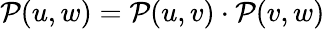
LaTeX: \mathcal{P}(u,w)=\mathcal{P}(u,v)\cdot\mathcal{P}(v,w)